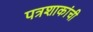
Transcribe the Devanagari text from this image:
पत्रशाकांची